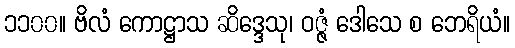
၁၁၀၀။ ဗိလံ ကောဋ္ဌာသ ဆိဒ္ဒေသု၊ ဝဇ္ဇံ ဒေါသေ စ ဘေရိယံ။